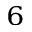
^ { 6 }